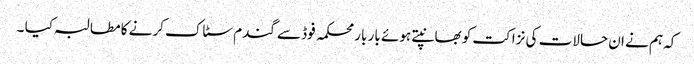
کہ ہم نے ان حالات کی نزاکت کو بھانپتے ہوئے بار بار محکمہ فوڈ سے گندم سٹاک کرنے کا مطالبہ کیا ۔